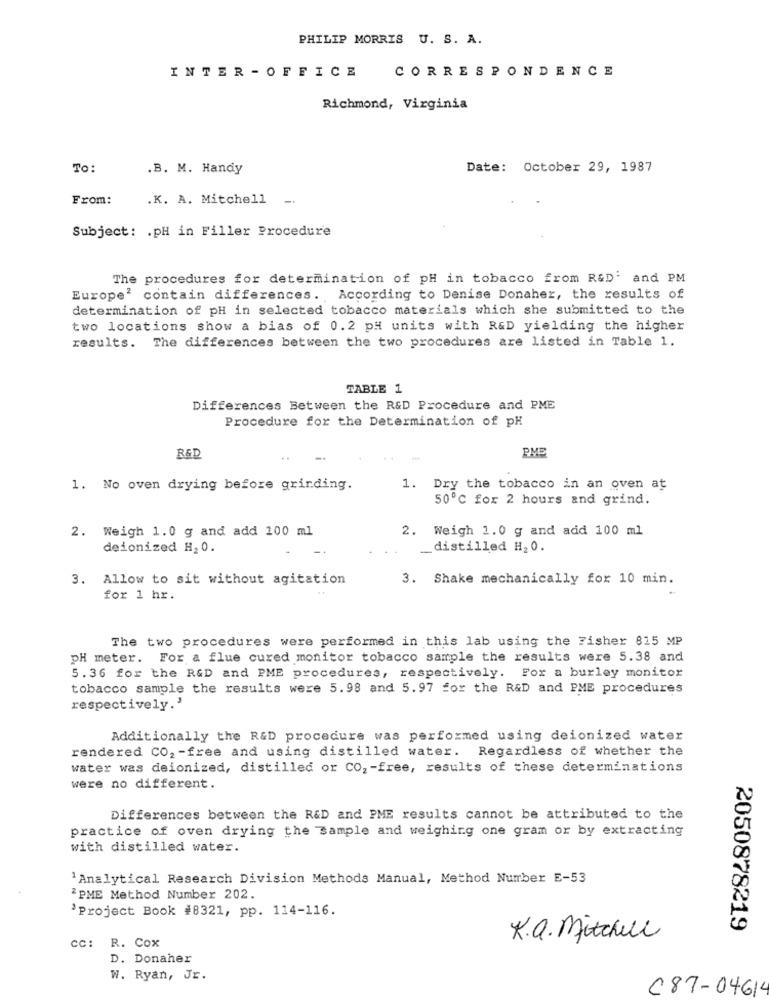
PHILIP MORRIS U. S. A.
CORRESPONDENCE
INTER - OFFICE
Richmond, Virginia
To:
.B. M. Handy
Date: October 29, 1987
From:
.K. A. Mitchell -
Subject: . pH in Filler Procedure
The procedures for determination of pH in tobacco from R&D' and PM
Europe' contain differences. According to Denise Donaher, the results of
determination of pH in selected tobacco materials which she submitted to the
two locations show a bias of 0.2 pH units with R&D yielding the higher
results. The differences between the two procedures are listed in Table 1.
TABLE 1
Differences Between the R&D Procedure and PME
Procedure for the Determination of pH
PME
R&D
..
1. No oven drying before grinding.
1. Dry the tobacco in an oven at
50℃ for 2 hours and grind.
2. Weigh 1.0 g and add 100 ml
2. Weigh 1.0 g and add 100 ml
deionized H2 0.
_distilled H2 0.
3. Allow to sit without agitation
3. Shake mechanically for 10 min.
for 1 hr.
The two procedures were performed in this lab using the Fisher 815 MP
pH meter. For a flue cured monitor tobacco sample the results were 5.38 and
5.36 for the R&D and PME procedures, respectively. For a burley monitor
tobacco sample the results were 5.98 and 5.97 for the R&D and PME procedures
respectively.'
Additionally the R&D procedure was performed using deionized water
rendered CO2 -free and using distilled water. Regardless of whether the
water was deionized, distilled or CO, - free, results of these determinations
were no different.
Differences between the R&D and PME results cannot be attributed to the
practice of oven drying the Sample and weighing one gram or by extracting
with distilled water.
1 Analytical Research Division Methods Manual, Method Number E-53
"PME Method Number 202.
'Project Book #8321, pp. 114-116.
2050878219
cc: R. Cox
K.a. Mitchell
D. Donaher
W. Ryan, Jr.
C87-04614